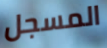
المسجل